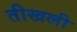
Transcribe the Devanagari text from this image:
तीखली